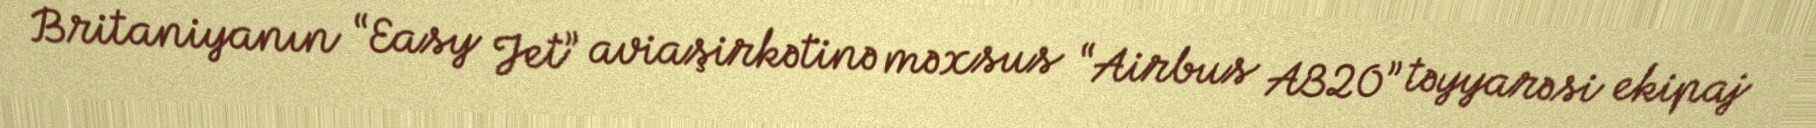
Britaniyanın “Easy Jet” aviaşirkətinə məxsus “Airbus A320” təyyarəsi ekipaj